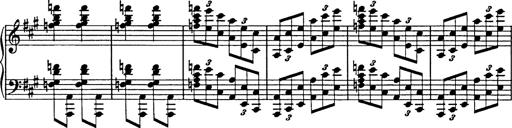
Title: Galop in A minor
Composer: Franz Liszt
Key: A minor